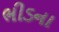
ભીડના